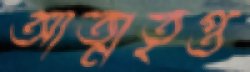
আত্মতৃপ্ত